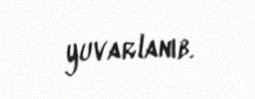
yuvarlanıb.